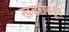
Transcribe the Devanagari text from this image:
खबरीवरून